Indian journal of veterinary science and animal husbandry - Volume 2,
Year: 1932
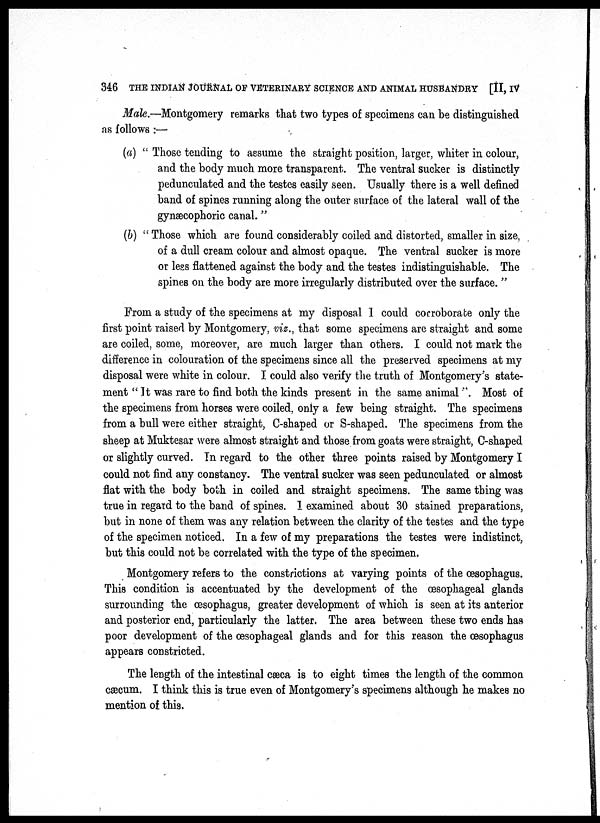
346 THE INDIAN JOURNAL OF VETERINARY SCIENCE AND ANIMAL HUSBANDRY [II, IV
Male.—Montgomery remarks that two types of specimens can be distinguished
as follows :—
(a) " Those tending to assume the straight position, larger, whiter in colour,
and the body much more transparent. The ventral sucker is distinctly
pedunculated and the testes easily seen. Usually there is a well defined
band of spines running along the outer surface of the lateral wall of the
gynæcophoric canal."
(b) " Those which are found considerably coiled and distorted, smaller in size,
of a dull cream colour and almost opaque. The ventral sucker is more
or less flattened against the body and the testes indistinguishable. The
spines on the body are more irregularly distributed over the surface. "
From a study of the specimens at my disposal I could corroborate only the
first point raised by Montgomery, viz., that some specimens are straight and some
are coiled, some, moreover, are much larger than others. I could not mark the
difference in colouration of the specimens since all the preserved specimens at my
disposal were white in colour. I could also verify the truth of Montgomery's state-
ment "It was rare to find both the kinds present in the same animal " Most of
the specimens from horses were coiled, only a few being straight. The specimens
from a bull were either straight, C-shaped or S-shaped. The specimens from the
sheep at Muktesar were almost straight and those from goats were straight, C-shaped
or slightly curved. In regard to the other three points raised by Montgomery I
could not find any constancy. The ventral sucker was seen pedunculated or almost
flat with the body both in coiled and straight specimens. The same thing was
true in regard to the band of spines. I examined about 30 stained preparations,
but in none of them was any relation between the clarity of the testes and the type
of the specimen noticed. In a few of my preparations the testes were indistinct,
but this could not be correlated with the type of the specimen.
Montgomery refers to the constrictions at varying points of the œsophagus.
This condition is accentuated by the development of the œsophageal glands
surrounding the œsophagus, greater development of which is seen at its anterior
and posterior end, particularly the latter. The area between these two ends has
poor development of the œsophageal glands and for this reason the oesophagus
appears constricted.
The length of the intestinal cæca is to eight times the length of the common
cæcum. I think this is true even of Montgomery's specimens although he makes no
mention of this.